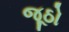
જૂઠો